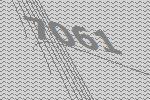
7061